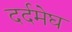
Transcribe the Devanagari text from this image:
दर्दमेघ